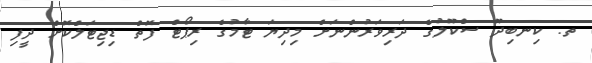
ތ. ކިނބިދޫ ސްކޫލުގެ ދަރިވަރުންނަށް މިދިޔަ ޓާމުގެ ރިޕޯޓް ފޮތް ޑިޖިޓަލްކޮށް ދީފި